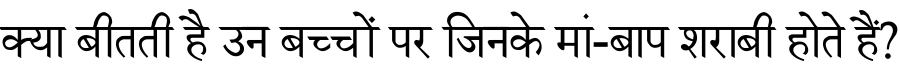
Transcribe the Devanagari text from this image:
क्या बीतती है उन बच्चों पर जिनके मां-बाप शराबी होते हैं?